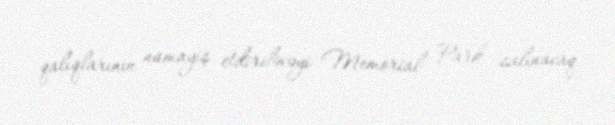
qalıqlarının nümayiş etdiriləcəyi Memorial Park salınacaq.